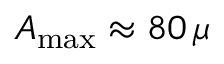
A _ { \mathrm { m a x } } \approx 8 0 \, \mu